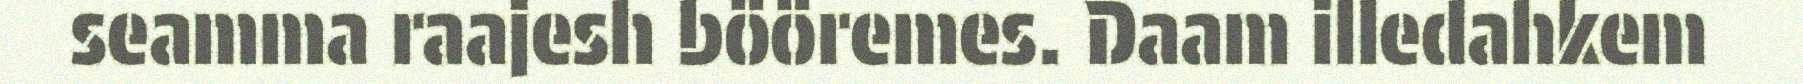
seamma raajesh bööremes. Daam illedahkem